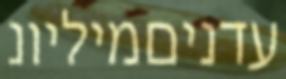
עדניםמיליונ